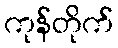
ကုန်တိုက်